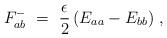
LaTeX: \begin{align*} F_{ab}^-~=~\frac{\epsilon}{2} \, ( E_{aa} - E_{bb} )~,\end{align*}